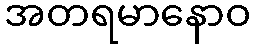
အတရမာနောဝ